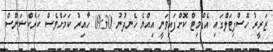
ޒަރީރު ހޮސްޕިޓަލްގައި އެޑްމިޓް ކޮށްފައިވަނީ އިއްޔެ ހެނދުނު 09:30 ހާއިރު ކަމަށްވެސް ކަރެކްޝަންސް